Leaving Certificate Examination, 1921
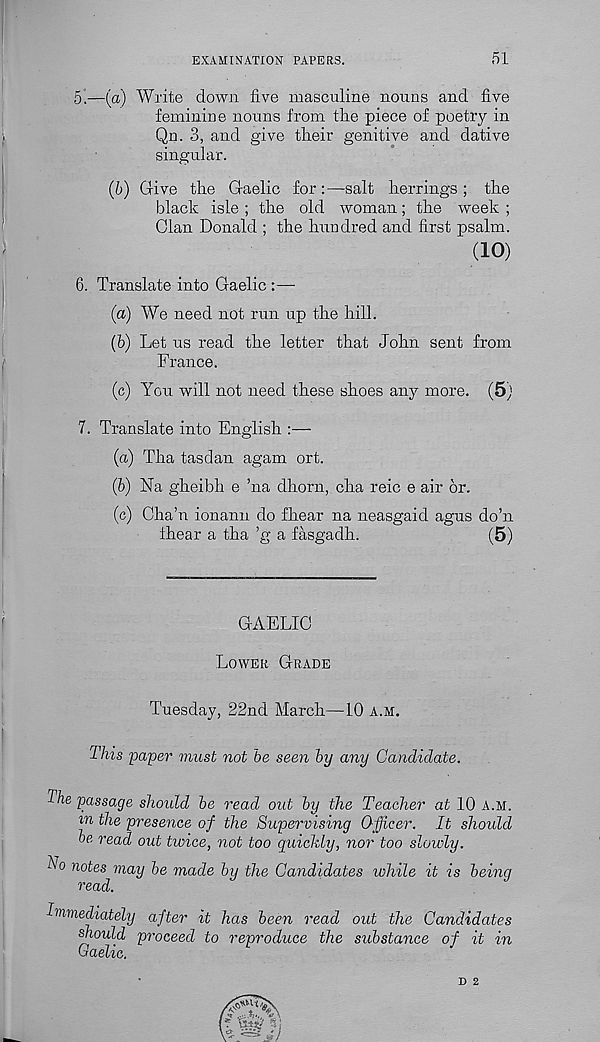
EXAMINATION PAPERS.
51
5.
—(a) Write down five masculine nouns
feminine nouns from the piece of poetry in
Qn. 3, and give their genitive and dative
singular.
(b) Give tire Gaelic for:—salt herrings; the
black isle ; the old woman; the week ;
Clan Donald ; the hundred and first psalm.
(10)
6. Translate into Gaelic :—
(a) We need not run up the hill.
(b) Let us read the letter that John sent from
France.
(c) You will not need these shoes any more. (5)
7. Translate into English :—
(a) Tha tasdan agam ort.
(b) Na gheibh e ’na dhorn, cha reic e air or.
(c) Cha’n ionann do fhear na neasgaid agus do’n
ihear a tha ’g a fasgadh.
(5)
GAELIC
Lower Grade
Tuesday, 22nd March—10 a.m.
This paper must not be seen by any Candidate.
The passage should be read out by the Teacher at 10 a.m.
in the presence of the Supervising Officer. It should
be read out twice, not too quickly, nor too slowly.
No notes may be made by the Candidates while it is being
read.
Immediately after it has been read out the Candidates
should proceed to reproduce the substance of it in
Gaelic.
D 2